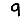
Digit: 9